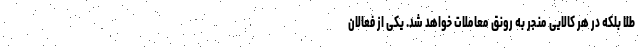
طلا بلکه در هر کالایی منجر به رونق معاملات خواهد شد. یکی از فعالان